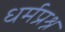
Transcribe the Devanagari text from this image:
धर्मप्रश्न